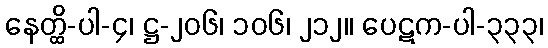
နေတ္ထိ-ပါ-၄၊ ဋ္ဌ-၂၀၆၊ ၁၀၆၊ ၂၁၂။ ပေဋက-ပါ-၃၃၃၊